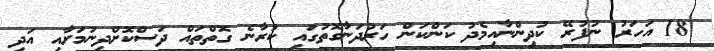
18 އަހަރު ނުފުރޭ ކުދިންނާއިމެދު ކަންކަން ހަރުދަނާގޮތުގައި ކުރާނެ ގޮތްތައް ދަސްކޮށްދިނުމަށާއި އަދި